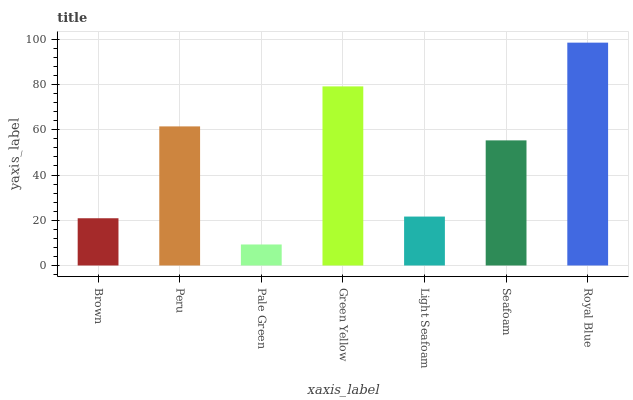
| xaxis_label | bars |
 | --- | --- |
 | Brown | 20.9 |
 | Peru | 61.5 |
 | Pale Green | 9.29 |
 | Green Yellow | 79.2 |
 | Light Seafoam | 21.6 |
 | Seafoam | 55.3 |
 | Royal Blue | 98.5 |